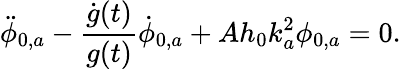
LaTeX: \ddot{\phi}_{0,a}-\frac{\dot{g}(t)}{g(t)}\dot{\phi}_{0,a}+Ah_{0}k_{a}^{2}\phi_{0,a}=0.